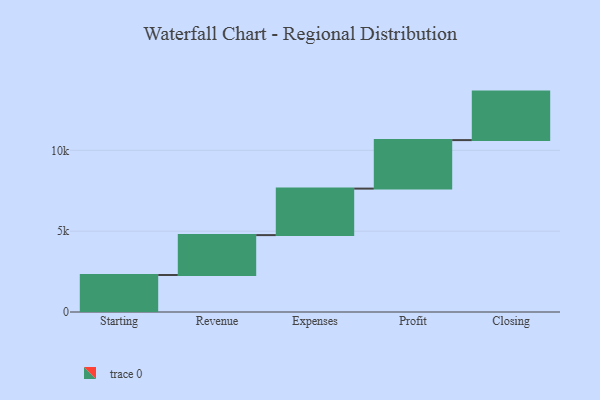
{"axis": {"x": "Step", "y": "Value"}, "legend": [""], "data": [{"x": "Starting", "y": 2290.0, "type": ""}, {"x": "Revenue", "y": 2467.0, "type": ""}, {"x": "Expenses", "y": 2876.0, "type": ""}, {"x": "Profit", "y": 3000, "type": ""}, {"x": "Closing", "y": 3000, "type": ""}]}